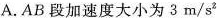
A.AB段加速度大小为3m/s^{2}